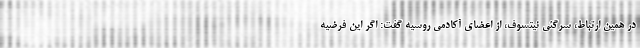
در همین ارتباط، سرگئی نیتسوف، از اعضای آکادمی روسیه گفت: اگر این فرضیه